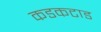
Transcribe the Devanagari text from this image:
कडकटाड